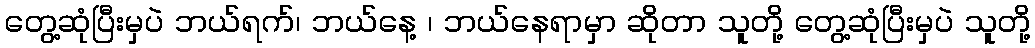
တွေ့ဆုံပြီးမှပဲ ဘယ်ရက်၊ ဘယ်နေ့ ၊ ဘယ်နေရာမှာ ဆိုတာ သူတို့ တွေ့ဆုံပြီးမှပဲ သူတို့